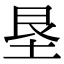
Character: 垦